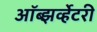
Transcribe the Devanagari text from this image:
ऑब्झर्व्हेटरी